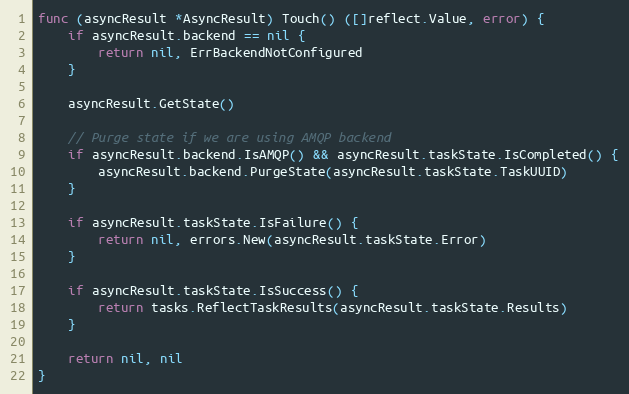
Language: Go
func (asyncResult *AsyncResult) Touch() ([]reflect.Value, error) {
	if asyncResult.backend == nil {
		return nil, ErrBackendNotConfigured
	}

	asyncResult.GetState()

	// Purge state if we are using AMQP backend
	if asyncResult.backend.IsAMQP() && asyncResult.taskState.IsCompleted() {
		asyncResult.backend.PurgeState(asyncResult.taskState.TaskUUID)
	}

	if asyncResult.taskState.IsFailure() {
		return nil, errors.New(asyncResult.taskState.Error)
	}

	if asyncResult.taskState.IsSuccess() {
		return tasks.ReflectTaskResults(asyncResult.taskState.Results)
	}

	return nil, nil
}